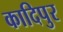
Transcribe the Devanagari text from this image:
कादिपुर